Medical and sanitary report on the native army of Bombay for the year
Year: 1879
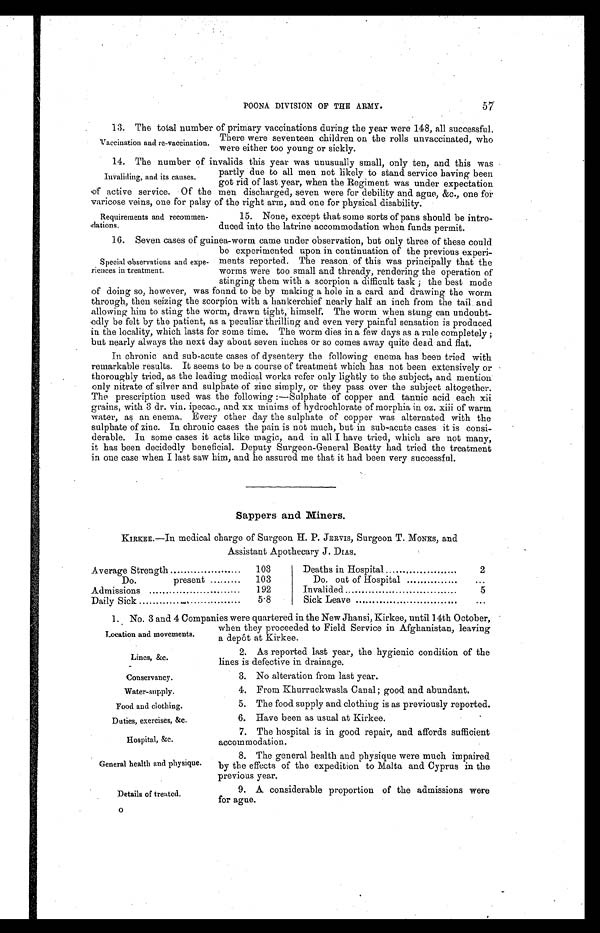
Lines, &c.
Conservancy.
Water-supply.
Food and clothing.
Duties, exercises, &c.
Hospital, &c.
General health and physique.
Details of treated.
57
POONA DIVISION OF THE ARMY.
1 3 . T h e t o t a l n u m b e r o f p r i m a r y v a c c i n a t i o n s d u r i n g t h e y e a r w e r e 1 4 8 , a l l s u c c e s s f u l .
There were seventeen children on the rolls unvaccinated, who
were either too young or sickly.
14. The number of invalids this year was unusually small, only ten, and this was
partly due to all men not likely to stand service having been
got rid of last year, when the Regiment was under expectation
of active service. Of the men discharged, seven were for debility and ague, &c., one for
varicose veins, one for palsy of the right arm, and one for physical disability.
Vaccination and re-vaccination.
Invaliding, and its causes.
Requirements and recommen
-dations.
15. None, except that some sorts of pans should be intro
-duced into the latrine accommodation when funds permit.
16. Seven cases of guinea-worm came under observation, but only three of these could
be experimented upon in continuation of the previous experi
-ments reported. The reason of this was principally that the
worms were too small and thready, rendering the operation of
stinging them with a scorpion a difficult task ; the best mode
of doing so, however, was found to be by making a hole in a card and drawing the worm
through, then seizing the scorpion with a hankerchief nearly half an inch from the tail and
allowing him to sting the worm, drawn tight, himself. The worm when stung can undoubt
- e d l y b e f e l t b y t h e p a t i e n t , a s a p e c u l i a r t h r i l l i n g a n d e v e n v e r y p a i n f u l s e n s a t i o n i s p r o d u c e d
in the locality, which lasts for some time. The worm dies in a few days as a rule completely ;
but nearly always the next day about seven inches or so comes away quite dead and flat.
In chronic and sub-acute cases of dysentery the following enema has been tried with
remarkable results. It seems to be a course of treatment which has not been extensively or
thoroughly tried, as the leading medical works refer only lightly to the subject, and mention
only nitrate of silver and sulphate of zinc simply, or they pass over the subject altogether.
The prescription used was the following :—Sulphate of copper and tannic acid each xii
grains, with 3 dr. vin. ipecac., and xx minims of hydrochlorate of morphia in oz. xiii of warm
water, as an enema. Every other day the sulphate of copper was alternated with the
sulphate of zinc. In chronic cases the pain is not much, but in sub-acute cases it is consi
- d e r a b l e . I n s o m e c a s e s i t a c t s l i k e m a g i c , a n d i n a l l I h a v e t r i e d , w h i c h a r e n o t m a n y ,
it has been decidedly beneficial. Deputy Surgeon-General Beatty had tried the treatment
in one case when I last saw him, and he assured me that it had been very successful.
Sappers and Miners.
KIRKEE—In medical charge of Surgeon H. P. JERVIS, Surgeon T. MONKS, and
Assistant Apothecary J. DIAS.
Average Strength . . .
103
Deaths in Hospital . . .
2
Do. present . . .
103
Do. out of Hospital . . .
. . .
Admissions . . .
192
Invalided . . .
5
Daily Sick . . .
5.8
Sick Leave . . .
. . .
1. No. 3 and 4 Companies were quartered in the New Jhansi, Kirkee, until 14th October,
when they proceeded to Field Service in Afghanistan , leaving
a depôt at Kirkee.
Special observations and expe
-riences in treatment.
Location and movements.
2. As reported last year, the hygienic condition of the
lines is defective in drainage.
3. No alteration from last year.
4. From Khurruckwasla Canal ; good and abundant.
5. The food supply and clothing is as previously reported.
6. Have been as usual at Kirkee.
7. The hospital is in good repair, and affords sufficient
accommodation.
8. The general health and physique were much impaired
by the effects of the expedition to Malta and Cyprus in the
previous year.
9. A considerable proportion of the admissions were
for ague.